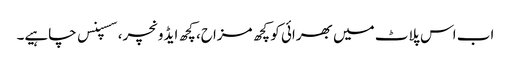
اب اس پلاٹ میں بھرائی کو کچھ مزاح، کچھ ایڈونچر، سسپنس چاہیے۔